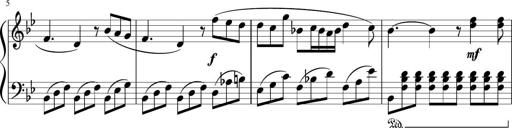
Title: 3 Sonatinen
Composer: Heinrich Lichner